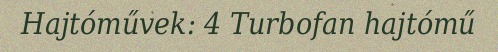
Hajtóművek: 4 Turbofan hajtómű